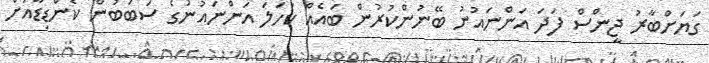
ގަޔަށްބާރު ޖީންސް ފަދަ އަންނައުނު ބޭނުންކުރުން ބައެއް ކަހަލަ އަންނައުނުގެ ސަބަބުން ކެންޑިޑާއަށް